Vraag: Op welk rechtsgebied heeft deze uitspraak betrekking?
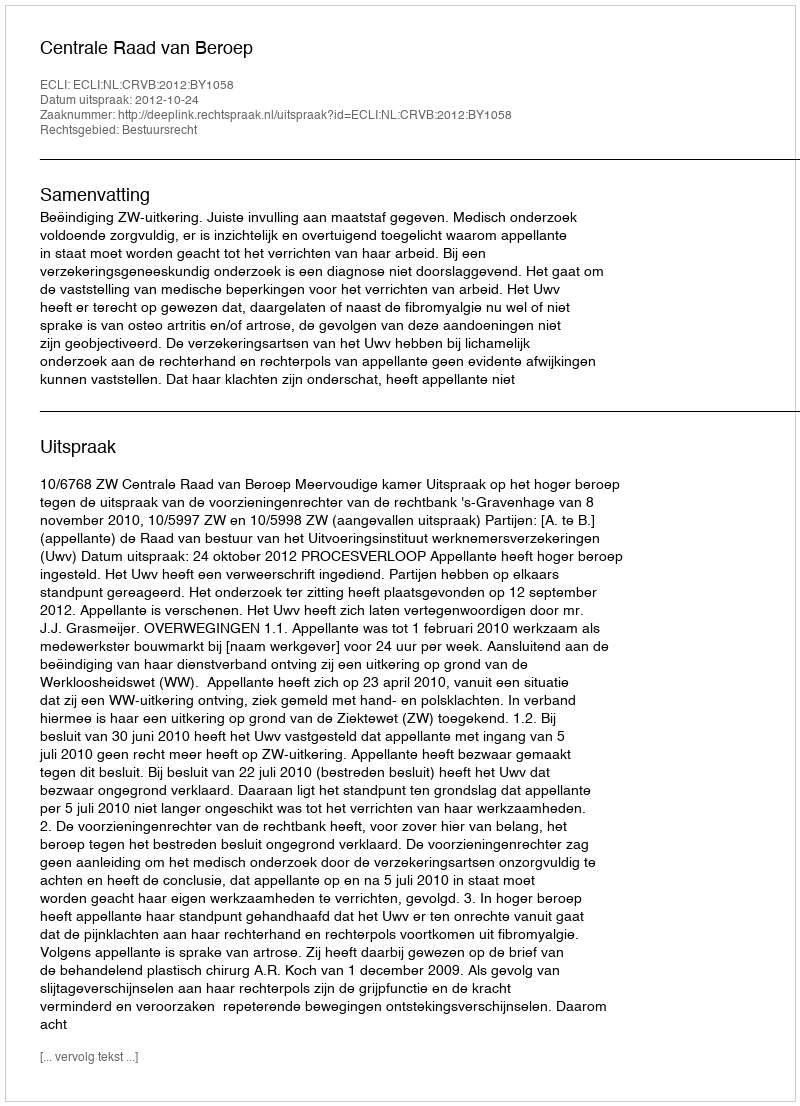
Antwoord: Bestuursrecht